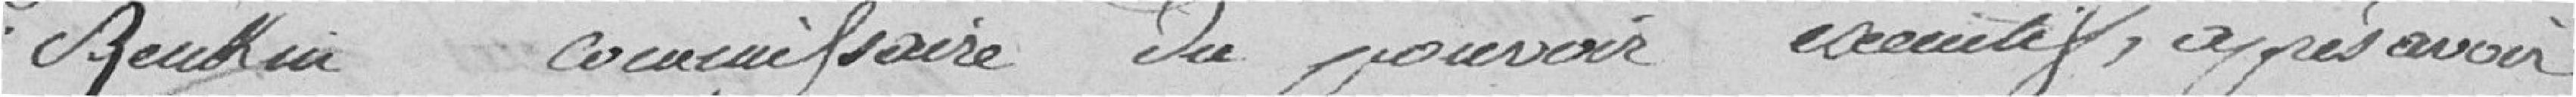
Rembau commissaire du pouvoir exécutif après avoir